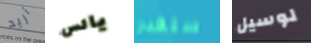
أريد يائس ستقدر لوسيل